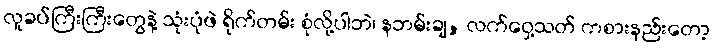
လူခပ်ကြီးကြီးတွေနဲ့ သုံးပုံဖဲ ရိုက်တမ်း စုံလို့ပါဘဲ၊ နဘမ်းချ, လက်ဝှေ့သတ် ကစားနည်းတော့